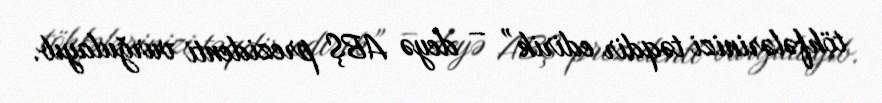
töhfələrinizi təqdir edirik” – deyə ABŞ prezidenti vurğulayıb.